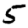
Digit: 5